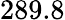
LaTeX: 289.8